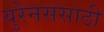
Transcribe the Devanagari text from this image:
युरेनससाठी